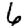
Digit: 6